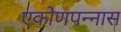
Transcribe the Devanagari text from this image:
एकोणपन्नास